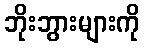
ဘိုးဘွားများကို